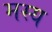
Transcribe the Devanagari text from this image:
मस्य